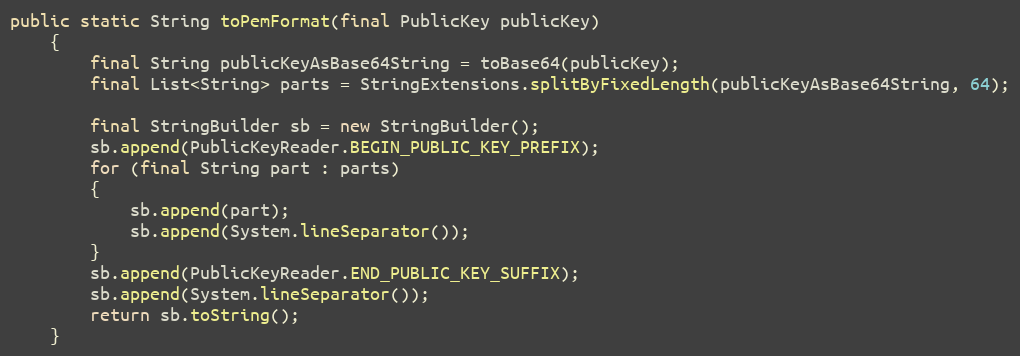
Language: Java
public static String toPemFormat(final PublicKey publicKey)
	{
		final String publicKeyAsBase64String = toBase64(publicKey);
		final List<String> parts = StringExtensions.splitByFixedLength(publicKeyAsBase64String, 64);

		final StringBuilder sb = new StringBuilder();
		sb.append(PublicKeyReader.BEGIN_PUBLIC_KEY_PREFIX);
		for (final String part : parts)
		{
			sb.append(part);
			sb.append(System.lineSeparator());
		}
		sb.append(PublicKeyReader.END_PUBLIC_KEY_SUFFIX);
		sb.append(System.lineSeparator());
		return sb.toString();
	}